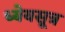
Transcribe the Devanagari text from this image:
ध्येयसूत्र